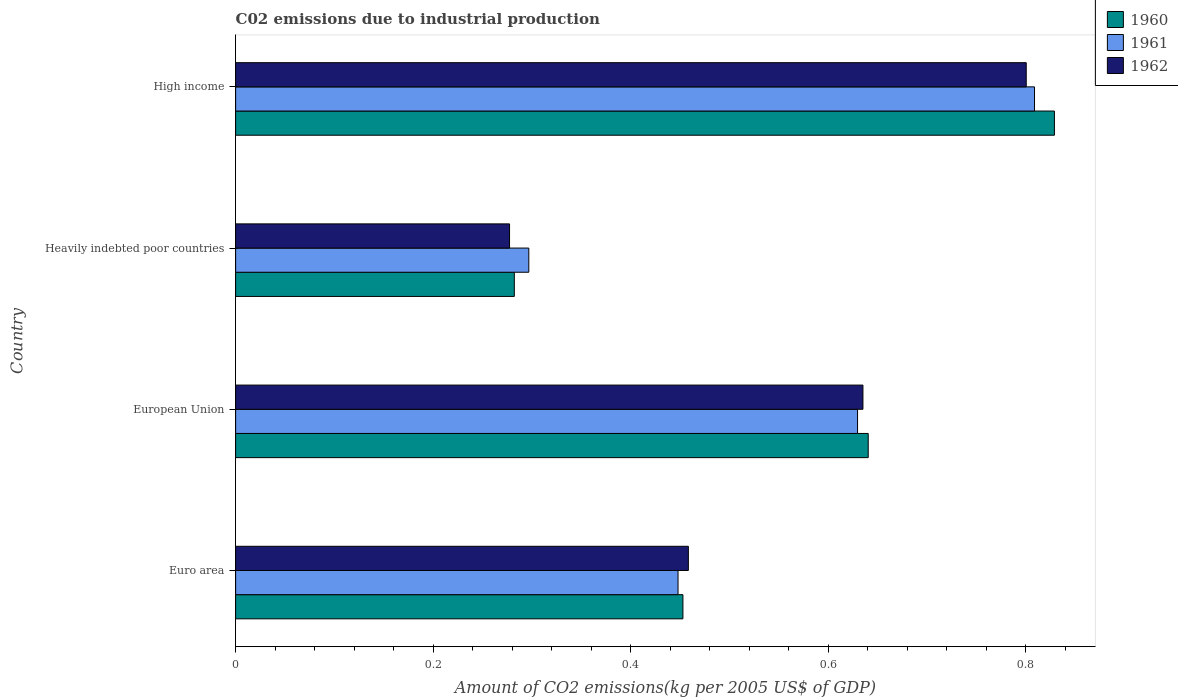
| Country | 1960 | 1961 | 1962 |
 | --- | --- | --- | --- |
 | Euro area | 0.453 | 0.448 | 0.458 |
 | European Union | 0.64 | 0.63 | 0.635 |
 | Heavily indebted poor countries | 0.282 | 0.297 | 0.277 |
 | High income | 0.829 | 0.809 | 0.8 |